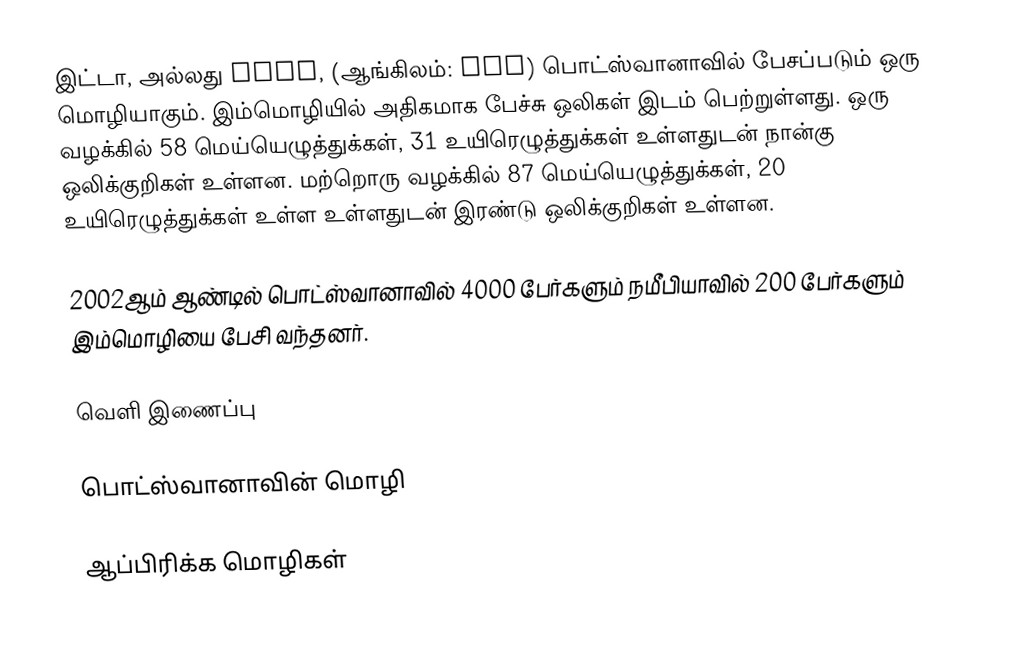
இட்டா, அல்லது ǃXóõ, (ஆங்கிலம்: Taa) பொட்ஸ்வானாவில் பேசப்படும் ஒரு மொழியாகும். இம்மொழியில் அதிகமாக பேச்சு ஒலிகள் இடம் பெற்றுள்ளது. ஒரு வழக்கில் 58 மெய்யெழுத்துக்கள், 31 உயிரெழுத்துக்கள் உள்ளதுடன் நான்கு ஒலிக்குறிகள் உள்ளன. மற்றொரு வழக்கில் 87 மெய்யெழுத்துக்கள், 20 உயிரெழுத்துக்கள் உள்ள உள்ளதுடன் இரண்டு ஒலிக்குறிகள் உள்ளன.

2002ஆம் ஆண்டில் பொட்ஸ்வானாவில் 4000 பேர்களும் நமீபியாவில் 200 பேர்களும் இம்மொழியை பேசி வந்தனர்.

வெளி இணைப்பு

பொட்ஸ்வானாவின் மொழி

ஆப்பிரிக்க மொழிகள்